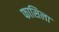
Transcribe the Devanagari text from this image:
फासिला